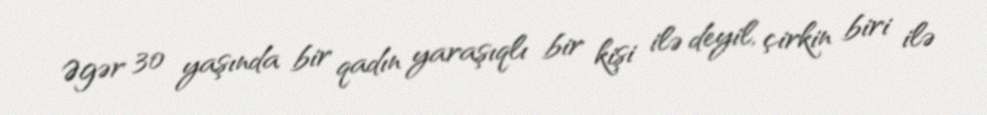
Əgər 30 yaşında bir qadın yaraşıqlı bir kişi ilə deyil, çirkin biri ilə